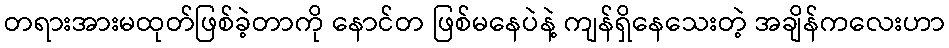
တရားအားမထုတ်ဖြစ်ခဲ့တာကို နောင်တ ဖြစ်မနေပဲနဲ့ ကျန်ရှိနေသေးတဲ့ အချိန်ကလေးဟာ